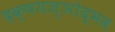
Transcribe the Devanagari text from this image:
दक्षयज्ञोद्भव